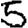
Digit: 5